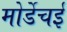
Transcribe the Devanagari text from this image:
मोर्डेचई